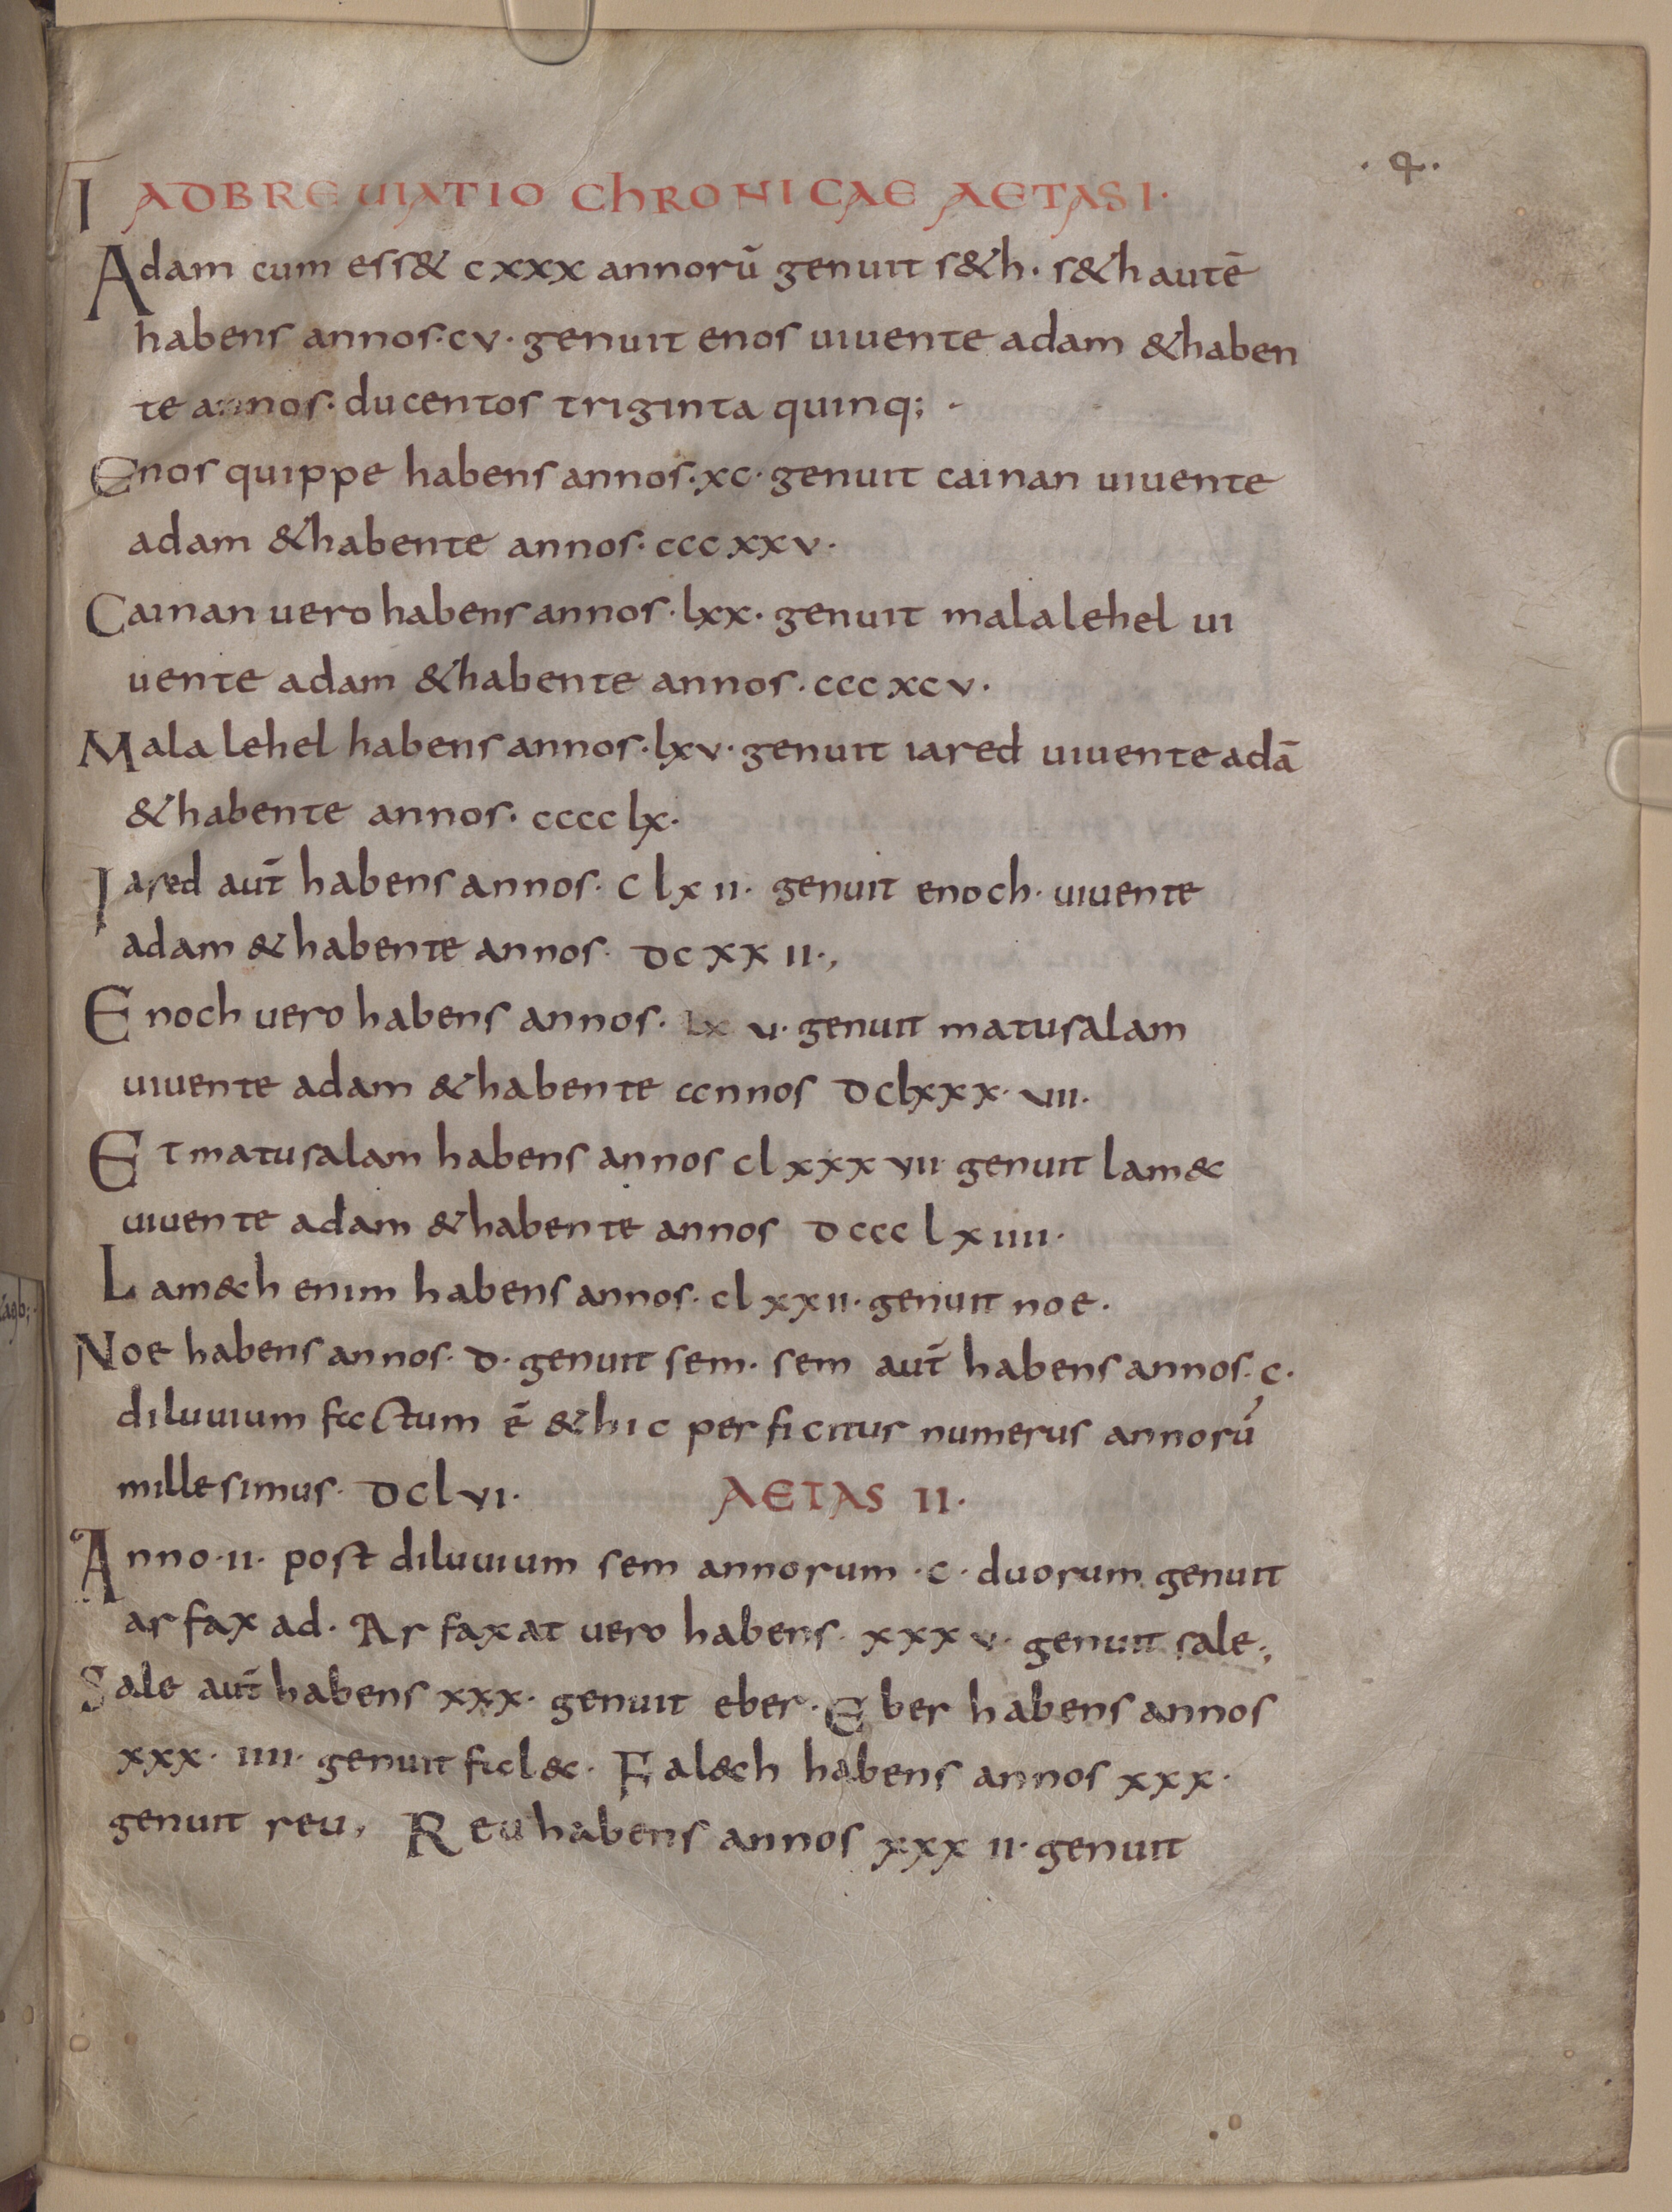
Shelfmark: Munich, Bayerische Staatsbibliothek, Clm 210
Century: 9